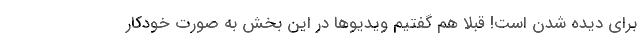
برای دیده شدن است! قبلاً هم گفتیم ویدیو‌ها در این بخش به صورت خودکار